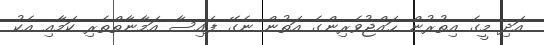
އަދި މީގެ އިތުރުން ޙައްޖުވެރިންގެ އަތުން ނެގޭ ފައިސާ އަމާނާތްތެރި ކަމާއި އެކު